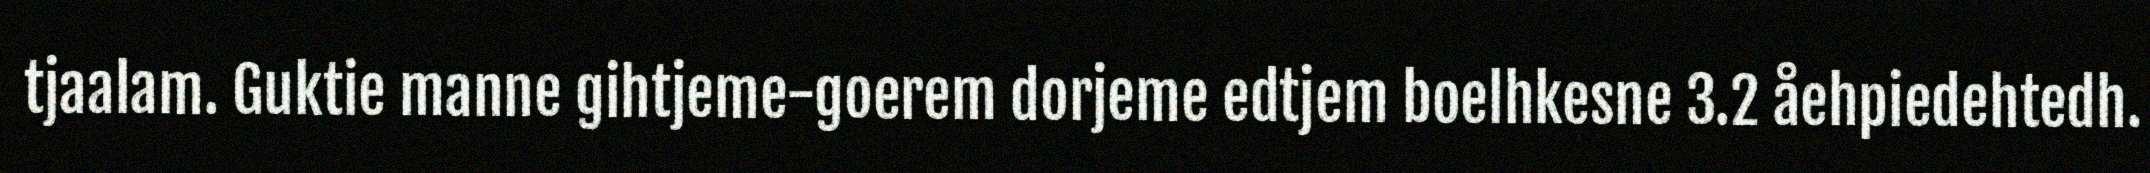
tjaalam. Guktie manne gihtjeme-goerem dorjeme edtjem boelhkesne 3.2 åehpiedehtedh.